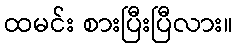
ထမင်း စားပြီးပြီလား။